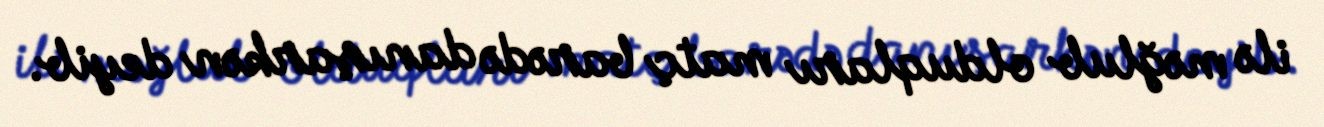
ilə məğlub olduqları matç barədə danışarkən deyib.